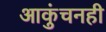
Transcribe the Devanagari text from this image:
आकुंचनही